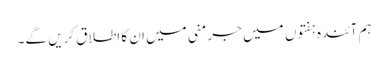
ہم آئندہ ہفتوں میں جرمنی میں ان کا اطلاق کریں گے۔